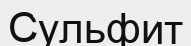
Сульфит